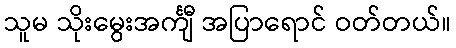
သူမ သိုးမွေးအင်္ကျီ အပြာရောင် ဝတ်တယ်။